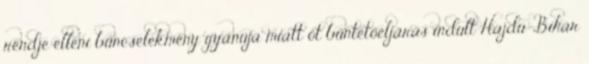
rendje elleni bűncselekmény gyanúja miatt öt büntetőeljárás indult Hajdú-Bihar